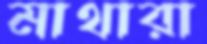
মাথারা